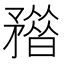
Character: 𥎏